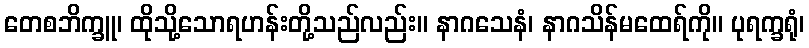
တေစဘိက္ခူ၊ ထိုသို့သောရဟန်းတို့သည်လည်း။ နာဂသေနံ၊ နာဂသိန်မထေရ်ကို။ ပုရက္ခရုံ၊